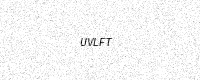
Text: UVLFT